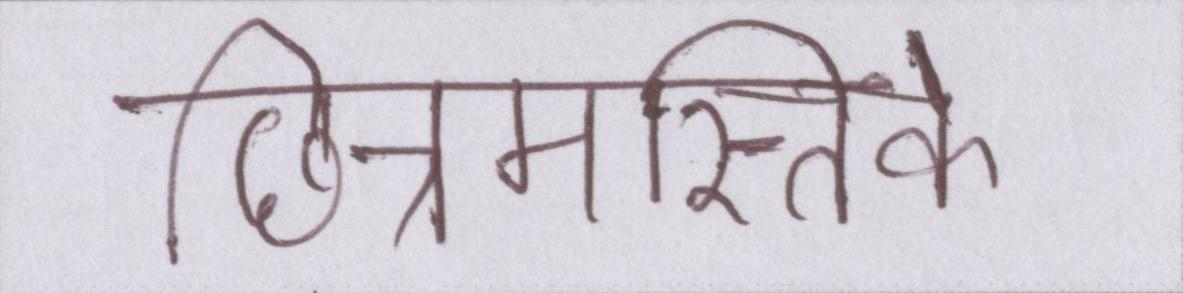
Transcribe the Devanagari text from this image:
छिन्नमस्तिके